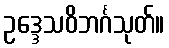
ဥဒ္ဒေသဝိဘင်္ဂသုတ်။